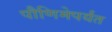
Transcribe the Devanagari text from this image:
पौणिमेपर्यंत